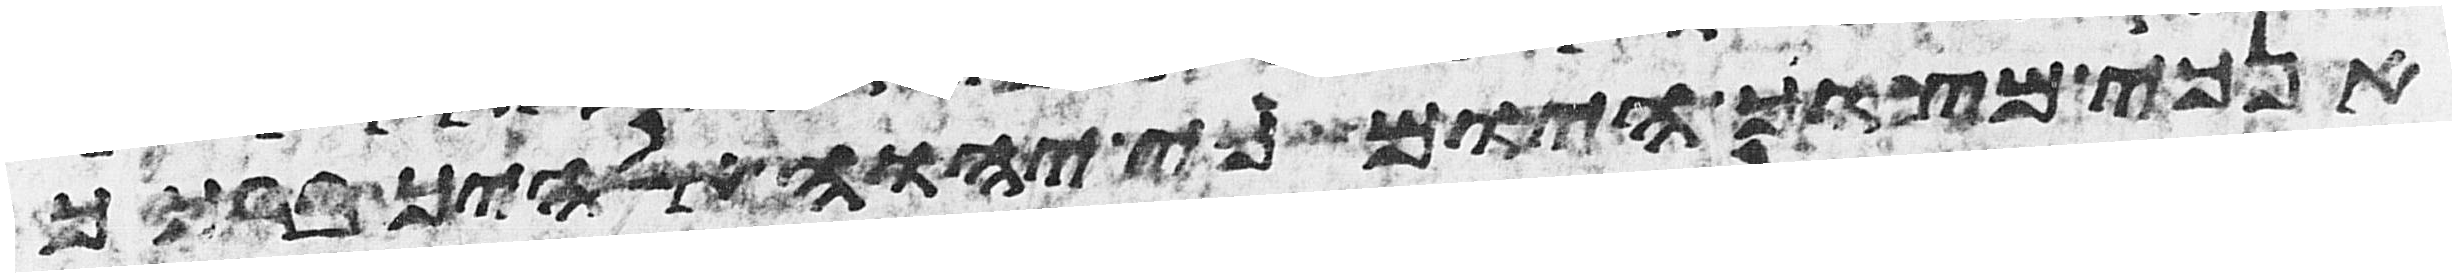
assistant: אנכי מצוך היום כי יהוה אלהיך ברכך